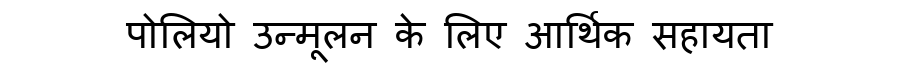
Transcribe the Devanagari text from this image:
पोलियो उन्मूलन के लिए आर्थिक सहायता